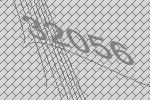
32056